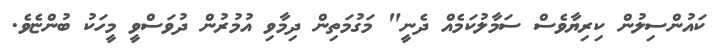
ކައުންސިލުން ކިރިޔާވެސް ސަމާލުކަމެއް ދެނީ" މަގުމަތިން ދިމާވި އުމުރުން ދުވަސްވީ މީހަކު ބުންޏެވެ.